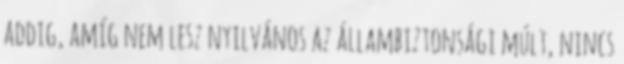
addig, amíg nem lesz nyilvános az állambiztonsági múlt, nincs